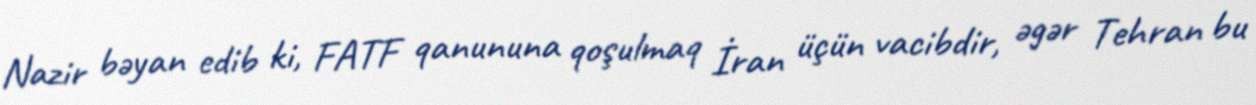
Nazir bəyan edib ki, FATF qanununa qoşulmaq İran üçün vacibdir, əgər Tehran bu